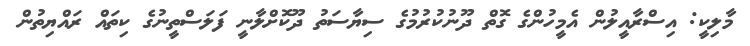
މާލިކީ: އިސްރާއީލުން އެމީހުންގެ ގޮތް ދޫނުކުރުމުގެ ސިޔާސަތު ދޫކޮށްލާނީ ފަލަސްތީނުގެ ކިތައް ރައްޔިތުން